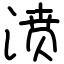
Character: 𣸣